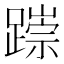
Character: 𨅃